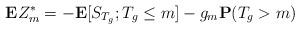
LaTeX: \begin{align*}\mathbf{E}Z^*_m&=-\mathbf{E}[S_{T_g};T_g\le m]-g_m\mathbf{P}(T_g>m)\end{align*}